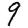
Digit: 9